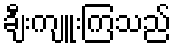
ချီးကျူးကြသည်